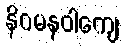
နိဂမနဝါကျေ